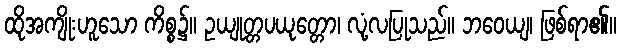
ထိုအကျိုးဟူသော ကိစ္စ၌။ ဥယျုတ္တပယုတ္တော၊ လုံ့လပြုသည်။ ဘဝေယျ၊ ဖြစ်ရာ၏။